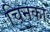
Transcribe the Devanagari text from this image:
चिनका